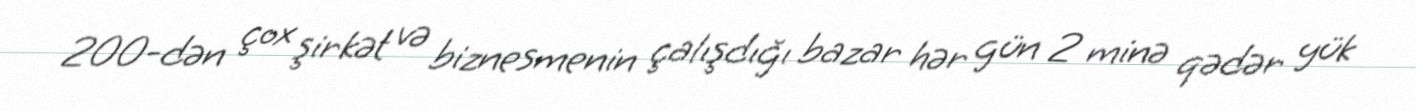
200-dən çox şirkət və biznesmenin çalışdığı bazar hər gün 2 minə qədər yük